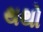
થથો